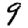
Digit: 9